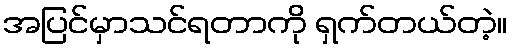
အပြင်မှာသင်ရတာကို ရှက်တယ်တဲ့။